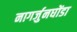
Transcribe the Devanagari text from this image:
नागर्जुनघोंडा